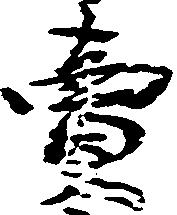
売